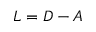
L = D - A